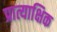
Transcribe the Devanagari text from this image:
प्रात्याक्षिक